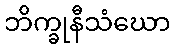
ဘိက္ခုနီသံဃော